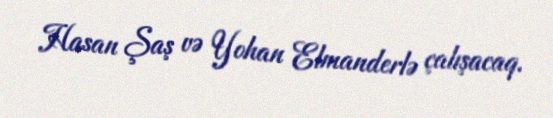
Hasan Şaş və Yohan Elmanderlə çalışacaq.